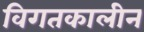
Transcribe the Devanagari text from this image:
विगतकालीन